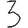
Digit: 3